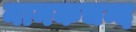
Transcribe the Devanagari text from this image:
नानकचन्द